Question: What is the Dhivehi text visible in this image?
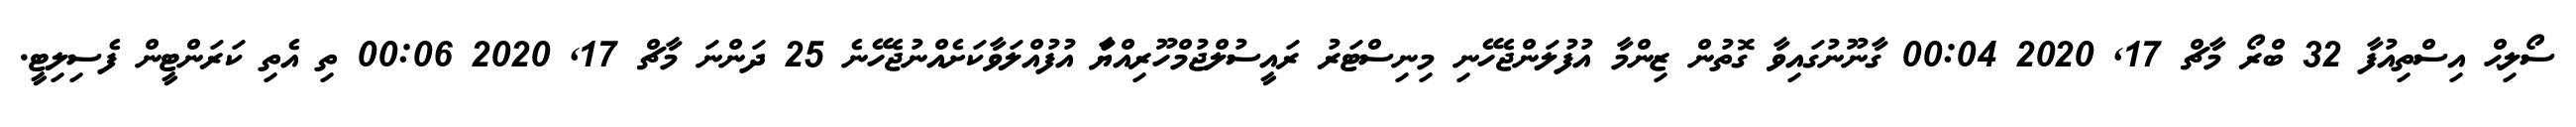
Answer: ސޯލިޙް އިސްތިއުފާ 32 ބްރޯ މާޗް 17, 2020 00:04 ގާނޫނުގައިވާ ގޮތުން ޒިންމާ އުފުލަންޖެހޭނި މިނިސްޓަރު ރައީސުލްޖުމްހޫރިއްޔަާ އުފުއްލަވާކަށެއްނުޖެހޭނެ 25 ދަންނަ މާޗް 17, 2020 00:06 ތި އެތި ކަރަންޓީން ފެސިލިޓީ.